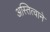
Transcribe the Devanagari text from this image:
अस्तित्वाने